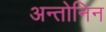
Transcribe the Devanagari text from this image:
अन्तोनिन